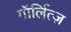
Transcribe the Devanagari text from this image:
गॉर्लित्ज़